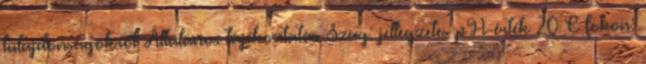
tulajdonságokról Általános tájékoztatás Szag: jellegzetes pH-érték 20 C fokon: